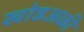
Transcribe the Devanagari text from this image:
खोडअळी